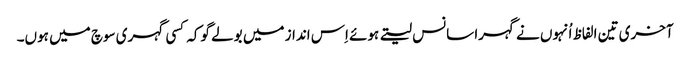
آخری تین الفاظ اُنہوں نے گہرا سانس لیتے ہوئے اِس انداز میں بولے گوکہ کسی گہری سوچ میں ہوں۔